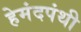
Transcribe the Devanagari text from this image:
हेमंदपंथी